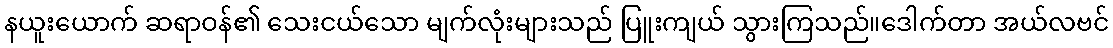
နယူးယောက် ဆရာဝန်၏ သေးငယ်သော မျက်လုံးများသည် ပြူးကျယ် သွားကြသည်။ဒေါက်တာ အယ်လဗင်